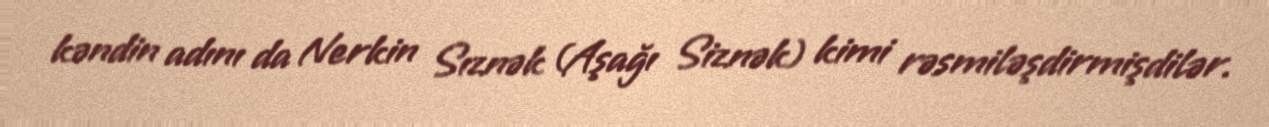
kəndin adını da Nerkin Sıznək (Aşağı Siznək) kimi rəsmiləşdirmişdilər.